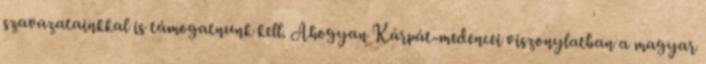
szavazatainkkal is támogatnunk kell. Ahogyan Kárpát-medencei viszonylatban a magyar